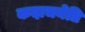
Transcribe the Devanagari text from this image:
कदाचनेति